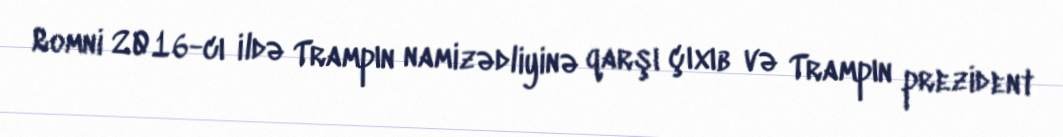
Romni 2016-cı ildə Trampın namizədliyinə qarşı çıxıb və Trampın prezident